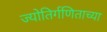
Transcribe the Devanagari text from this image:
ज्योतिर्गणिताच्या